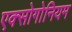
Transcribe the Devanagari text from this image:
एक्सोगोनियम